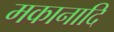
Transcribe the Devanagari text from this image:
मकानादि